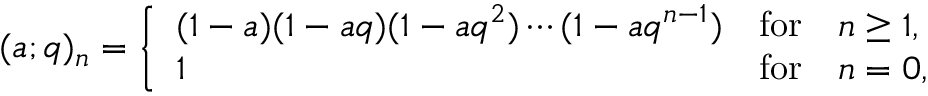
( a ; q ) _ { n } = \left\{ \begin{array} { l l l } { { ( 1 - a ) ( 1 - a q ) ( 1 - a q ^ { 2 } ) \cdots ( 1 - a q ^ { n - 1 } ) } } & { { \mathrm { f o r } } } & { { n \ge 1 , } } \\ { { 1 } } & { { \mathrm { f o r } } } & { { n = 0 , } } \end{array} \right.